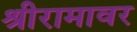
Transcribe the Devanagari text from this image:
श्रीरामावर